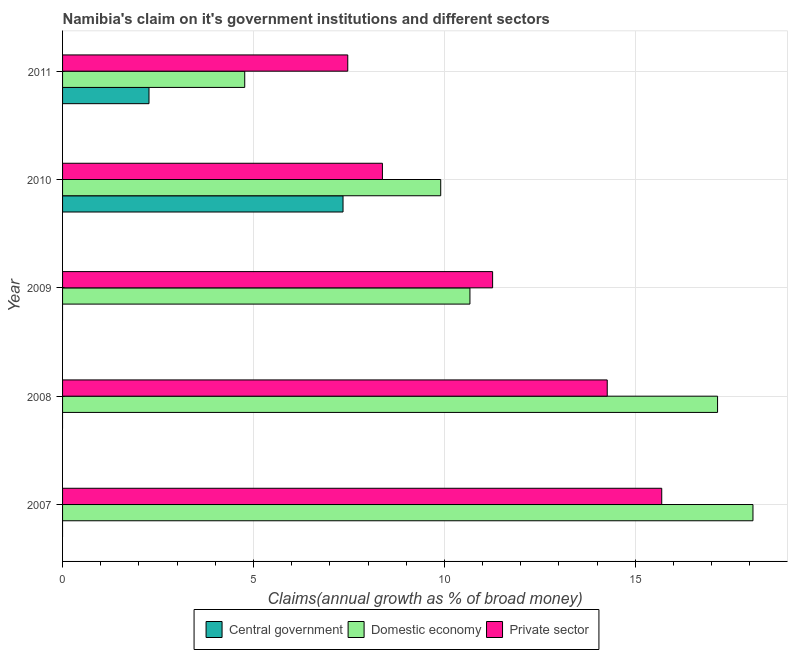
| Year | Central government | Domestic economy | Private sector |
 | --- | --- | --- | --- |
 | 2007 | -10.6 | 18.1 | 15.7 |
 | 2008 | -9.79 | 17.2 | 14.3 |
 | 2009 | -1.83 | 10.7 | 11.3 |
 | 2010 | 7.35 | 9.9 | 8.38 |
 | 2011 | 2.26 | 4.77 | 7.47 |